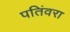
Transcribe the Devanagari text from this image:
पतिंवरा